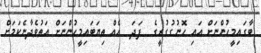
ބާގައިމީހުންނަށް އައި ހޮނުގުގުރީގެ  ފަދަ  އެއް ތިޔަބައިމީހުންނަށް އަތުވެދާނެކަމަށް